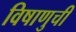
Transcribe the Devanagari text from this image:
विषाणुची